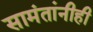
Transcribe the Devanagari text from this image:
सामंतांनीही